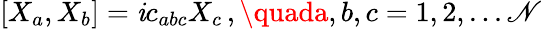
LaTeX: [X_{a},X_{b}]=\mathit{i}c_{abc}X_{c}\, ,\quada,b,c=1,2,...\mathscr{N}